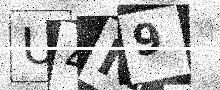
Text: U4M9